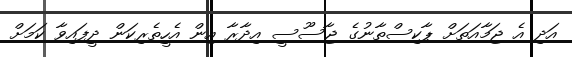
އަދި އެ ޖަމާއަތަށް ޕާކިސްތާނުގެ ޖާސޫސީ އިދާރާ އިން އެހީތެރިކަން ދީފައިވާ ކަމަށް